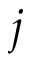
j